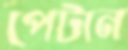
পেটান